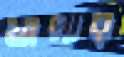
খাপার